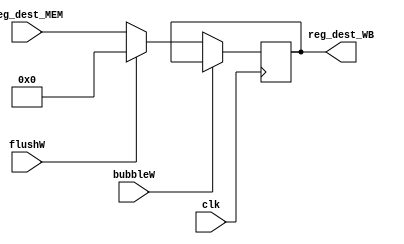
`timescale 1ns / 1ps
//////////////////////////////////////////////////////////////////////////////////
// Company: USTC ESLAB
// 
// Design Name: Addr_WB
// Module Name: Register Address seg reg
// Tool Versions: Vivado 2017.4.1
// Description: Register address seg reg for MEM\WB
// 
//////////////////////////////////////////////////////////////////////////////////


//  
    // MEM\WB
// 
    // clk               
    // reg_dest_MEM      MEM
    // bubbleW           WBbubble
    // flushW            WBflush
// 
    // reg_dest_WB       
//   
    // 

module Addr_WB(
    input wire clk, bubbleW, flushW,
    input wire [4:0] reg_dest_MEM,
    output reg [4:0] reg_dest_WB
    );

    initial reg_dest_WB = 4'h0;
    
    always@(posedge clk)
        if (!bubbleW) 
        begin
            if (flushW)
                reg_dest_WB <= 4'h0;
            else 
                reg_dest_WB <= reg_dest_MEM;
        end
    
endmodule